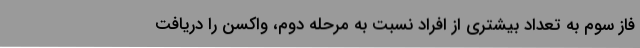
فاز سوم به تعداد بیشتری از افراد نسبت به مرحله دوم، واکسن را دریافت